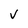
Character: V